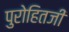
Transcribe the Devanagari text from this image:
पुरोहितजी